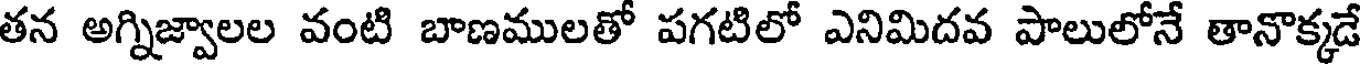
తన అగ్నిజ్వాలల వంటి బాణములతో పగటిలో ఎనిమిదవ పాలులోనే తానొక్కడే